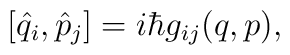
[\hat q_i, \hat p_j]=i\hbar g_{ij}(q,p),